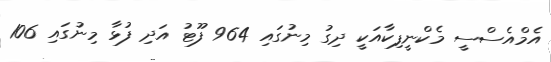
އެމްއެސްސީ މެކްނީފިކާއަކީ ދިގު މިނުގައި 964 ފޫޓު އަދި ފުޅާ މިނުގައި 106